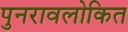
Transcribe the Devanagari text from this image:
पुनरावलोकित